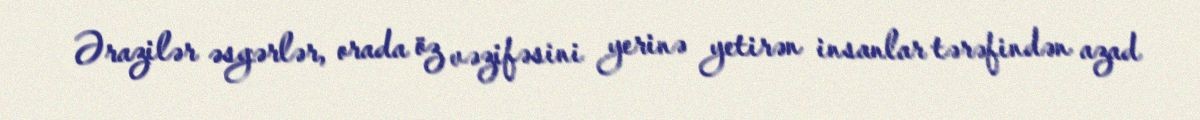
Ərazilər əsgərlər, orada öz vəzifəsini yerinə yetirən insanlar tərəfindən azad